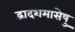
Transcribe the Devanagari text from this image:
द्वादशमासेषु